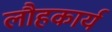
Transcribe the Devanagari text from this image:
लौहकार्य